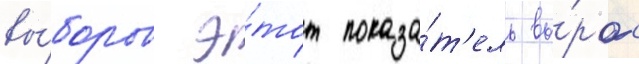
вы́боров э́тот показа́т'ель вы́рос